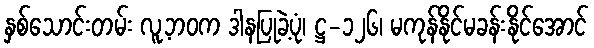
နှစ်သောင်းတမ်း လူ့ဘဝက ဒါနပြုခဲ့ပုံ၊ ဋ္ဌ-၁၂၆၊ မကုန်နိုင်မခန်းနိုင်အောင်